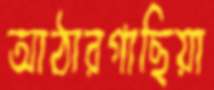
আঠারগাছিয়া